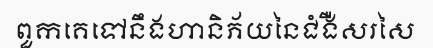
ពួកគេទៅនឹងហានិភ័យនៃជំងឺសរសៃ